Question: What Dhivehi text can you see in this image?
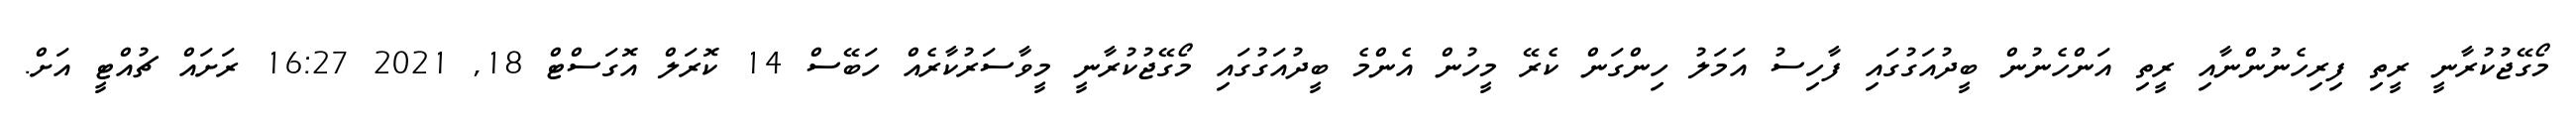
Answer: މޯގޭޖުކުރާނީ ރީތި ފިރިހެނުންނާއި ރީތި އަންހެނުން ބީދުއަގުގައި ފާހިސު އަމަލު ހިންގަން ކެރޭ މީހުން އެންމެ ބީދުއަގުގައި މޯގޭޖުކުރާނީ މީވާސަރުކާރެއް ހަބޭސް 14 ކޮރަލް އޮގަސްޓް 18, 2021 16:27 ރަށައް ޗުއްޓީ އަށް.